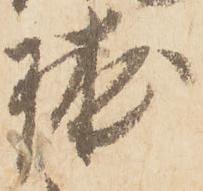
球